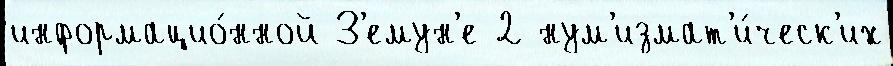
информацио́нной З'емун'е 2 нум'измат'и́ческ'их